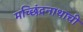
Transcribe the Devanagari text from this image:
मच्छिंद्रनाथाची